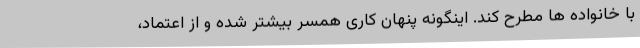
با خانواده ها مطرح کند. اینگونه پنهان کاری همسر بیشتر شده و از اعتماد،